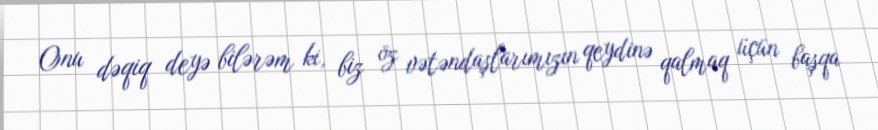
Onu dəqiq deyə bilərəm ki, biz öz vətəndaşlarımızın qeydinə qalmaq üçün başqa